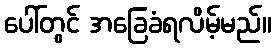
ပေါ်တွင် အခြေခံရလိမ့်မည်။